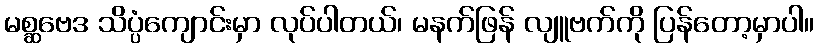
မစ္ဆဗေဒ သိပ္ပံကျောင်းမှာ လုပ်ပါတယ်၊ မနက်ဖြန် လျူဗက်ကို ပြန်တော့မှာပါ။